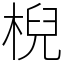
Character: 棿